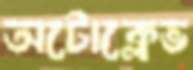
অটোক্লেভ